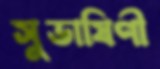
সুভাষিণী